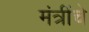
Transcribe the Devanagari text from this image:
मंत्रींचे